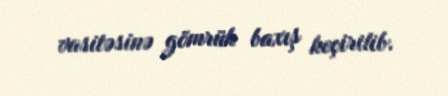
vasitəsinə gömrük baxış keçirilib.